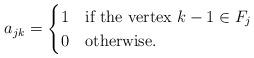
LaTeX: \begin{align*}a_{jk} = \begin{cases} 1 &\mbox{if the vertex } k-1 \in F_j \\ 0 &\mbox{otherwise.} \end{cases}\end{align*}